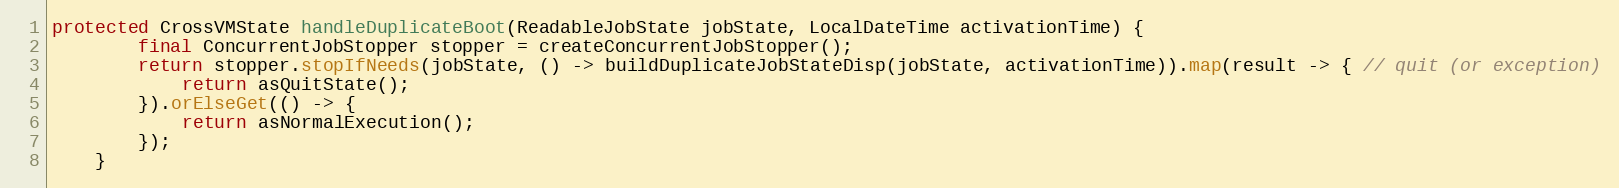
Language: Java
protected CrossVMState handleDuplicateBoot(ReadableJobState jobState, LocalDateTime activationTime) {
        final ConcurrentJobStopper stopper = createConcurrentJobStopper();
        return stopper.stopIfNeeds(jobState, () -> buildDuplicateJobStateDisp(jobState, activationTime)).map(result -> { // quit (or exception)
            return asQuitState();
        }).orElseGet(() -> {
            return asNormalExecution();
        });
    }